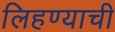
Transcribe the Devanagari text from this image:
लिहण्याची